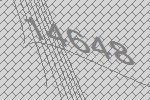
14648